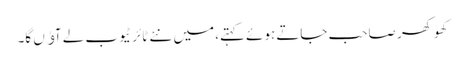
کھوکھر صاحب جاتے ہوئے کہتے، میں نئے ٹائر ٹیوب لے آﺅں گا۔